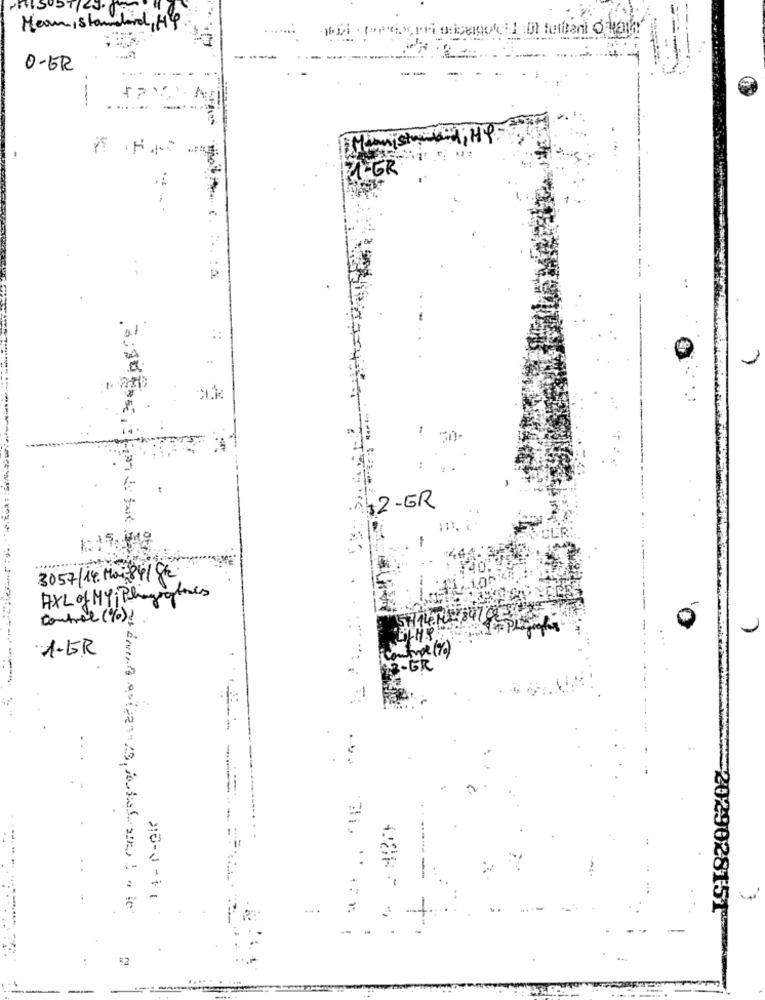
Mean, standard, HY
O-ER
--
Ministrokid; HP
MEGR
----
342-ER
3057/14. Mais84/gk
HXL of MY Phograptores
control (%) !
1.GR
Type ( %)
GR
210-1-11
$2